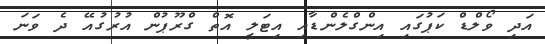
އަދި ވޯލްޑް ކަޕުގައި އިންގްލެންޑާއި އިޓަލީ އޮތް ގްރޫޕުން އުރުގުއޭ ދެ ވަނަ